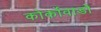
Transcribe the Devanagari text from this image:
कोर्कोवाडो